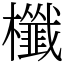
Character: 櫼